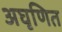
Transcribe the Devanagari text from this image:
अघृणित